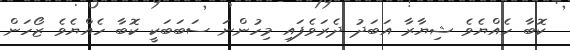
ކޮބާ ހެއްޔެވެ ޝިޔާރާ އަބަދު ދެރަވެފައި މިހުންނަ ސަބަބަކީ ކޮބާ ހެއްޔެވެ ޒޯހަން